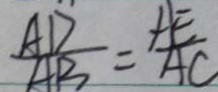
\frac { A D } { A B } = \frac { A E } { A C }